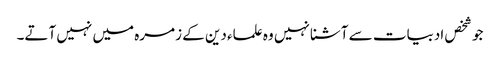
جو شخص ادبیات سے آشنا نہیں وہ علماء دین کے زمرہ میں نہیں آتے۔